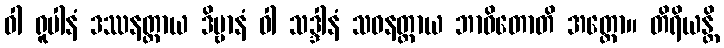
ဝါ ရူပါနံ ဒဿနတ္ထာယ ဒိဗ္ဗာနံ ဝါ သဒ္ဒါနံ သဝနတ္ထာယ ဘာဝိတောတိ အတ္ထော။ တိရိယန္တိ